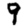
Digit: 9